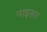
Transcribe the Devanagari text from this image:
नाइसर